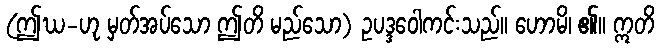
(ဤဃ-ဟု မှတ်အပ်သော ဤတိ မည်သော) ဥပဒ္ဒဝေါကင်းသည်။ ဟောမိ၊ ၏။ ဣတိ